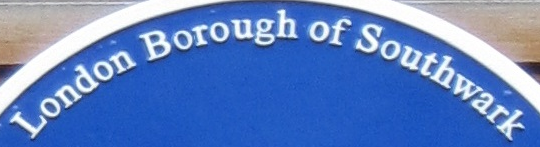
London Borough of Southwark